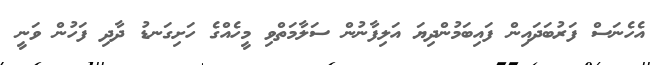
އެހެނަސް ފަރުބަދައިން ފައިބަމުންދިޔަ އަލިފާނުން ސަލާމަތްވި މީހެއްގެ ހަށިގަނޑު ދާދި ފަހުން ވަނީ